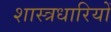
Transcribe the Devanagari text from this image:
शास्त्रधारियों